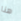
هنا